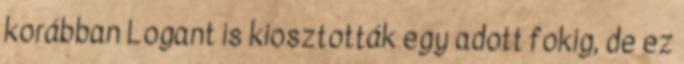
korábban Logant is kiosztották egy adott fokig, de ez